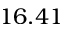
1 6 . 4 1